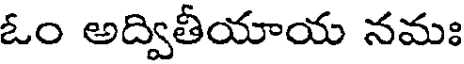
ఓం అద్వితీయాయ నమః